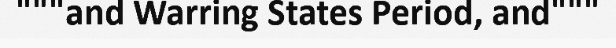
"""and Warring States Period, and"""